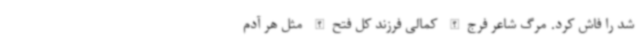
شد را فاش کرد. مرگ شاعر فرج‌الله کمالی فرزند کل فتح‌الله مثل هر آدم